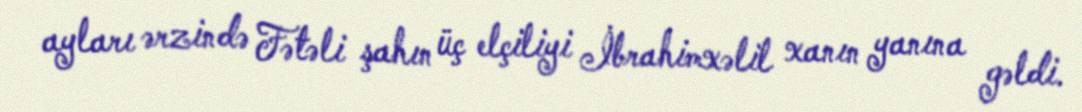
ayları ərzində Fətəli şahın üç elçiliyi İbrahimxəlil xanın yanına gəldi.